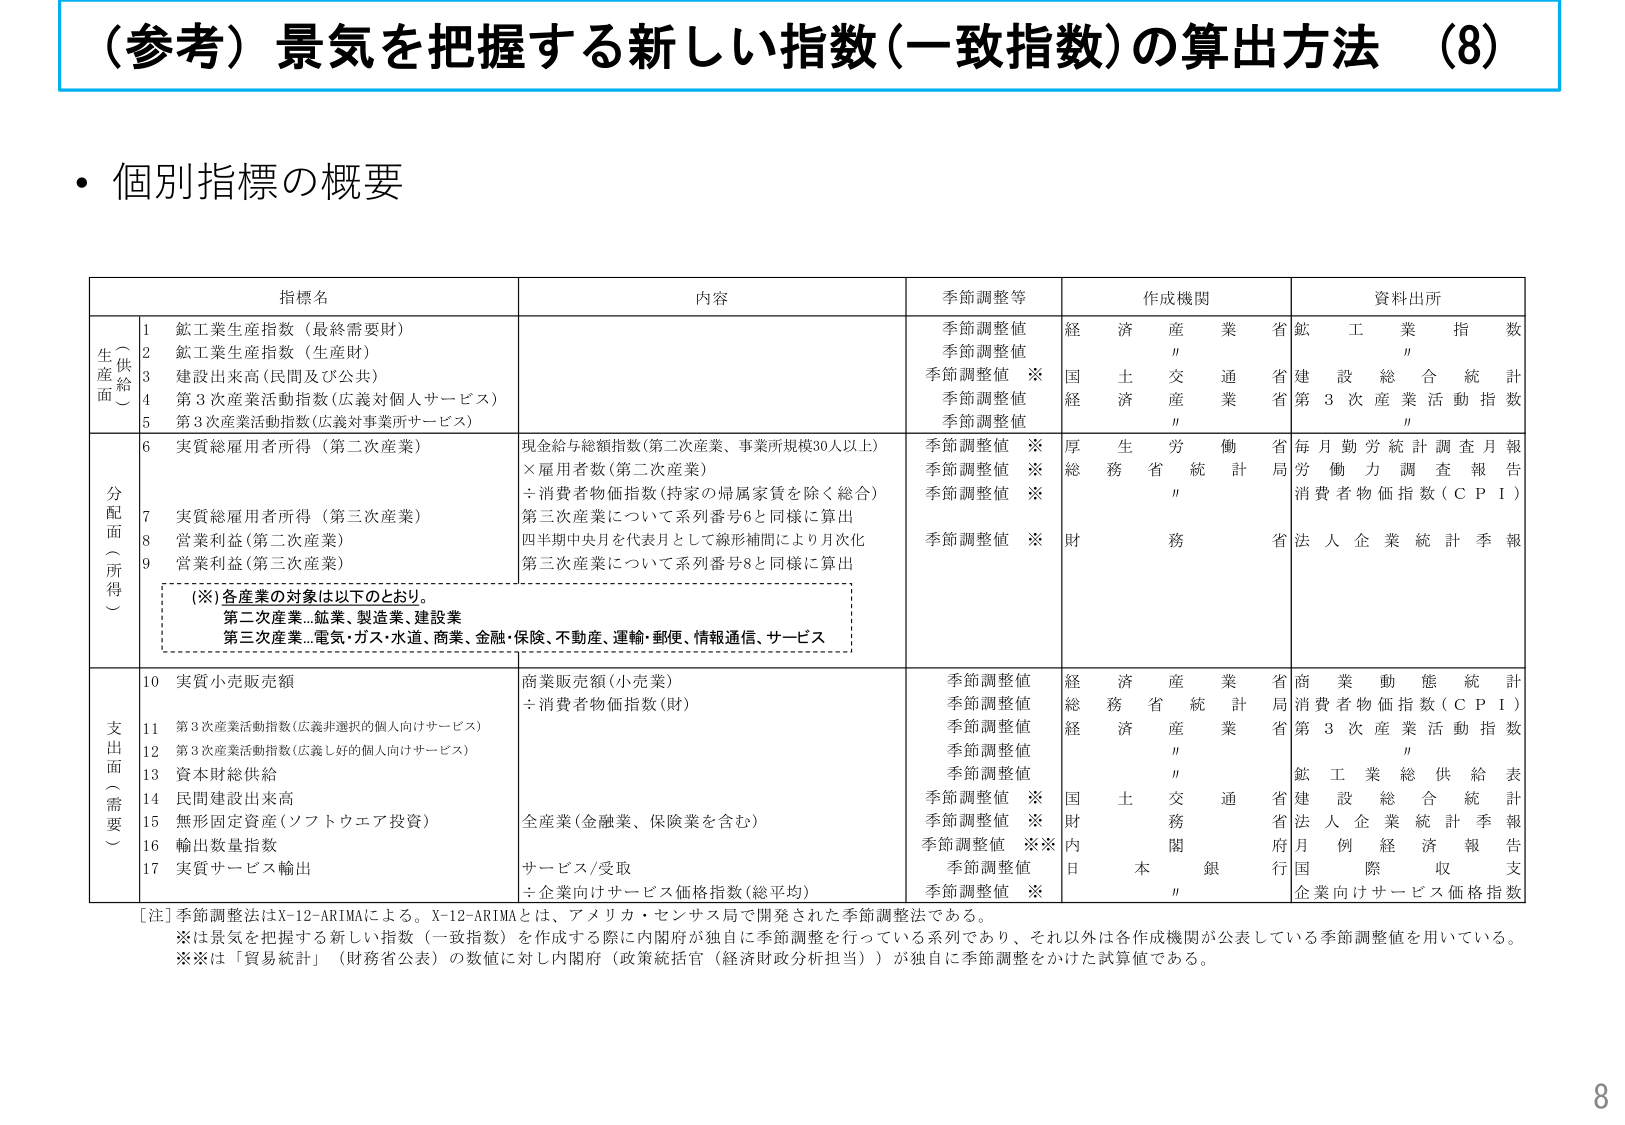
（参考）景気を把握する新しい指数（一致指数）の算出方法 （8）

・個別指標の概要

指標名　　　　　　　　　　　　　　　　　　　　　内容　　　　　　　　　　　　　　　　　　　　　季節調整等　　　　　　　　　　　作成機関　　　　　　　　　　　資料出所

生産面（供給）
1 鉱工業生産指数（最終需要財）　　　　　　　　　　　　　　　　　　　　　　　　　　　　　季節調整値　　　　　　　　　　経済産業省　　　　　　　　　鉱工業指数
2 鉱工業生産指数（生産財）　　　　　　　　　　　　　　　　　　　　　　　　　　　　　季節調整値　　　　　　　　　　〃　　　　　　　　　　　　　〃
3 建設出来高（民間及び公共）　　　　　　　　　　　　　　　　　　　　　　　　　　　季節調整値 ※　　　　　　　　　国土交通省　　　　　　　　　建設総合統計
4 第3次産業活動指数（広義対個人サービス）　　　　　　　　　　　　　　　　　　　季節調整値　　　　　　　　　　経済産業省　　　　　　　　　第3次産業活動指数
5 第3次産業活動指数（広義対事業所サービス）　　　　　　　　　　　　　　　　　　季節調整値　　　　　　　　　　〃　　　　　　　　　　　　　〃

分配面（所得）
6 実質総雇用者所得（第二次産業）　　　　　　　現金給与総額指数（第二次産業、事業所規模30人以上）　　　季節調整値 ※　　　　　　　　厚生労働省　　　　　　　　　毎月勤労統計調査月報
　　　　　　　　　　　　　　　　　　　　　　×雇用者数（第二次産業）